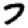
Digit: 7